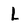
Character: L